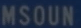
MSOUN